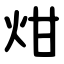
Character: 㶰